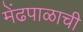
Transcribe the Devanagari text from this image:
मेंढपाळाची